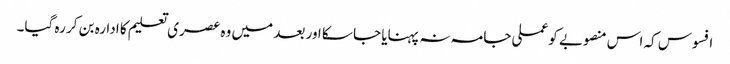
افسوس کہ اس منصوبے کو عملی جامہ نہ پہنایا جا سکا اور بعد میں وہ عصری تعلیم کا ادارہ بن کر رہ گیا۔